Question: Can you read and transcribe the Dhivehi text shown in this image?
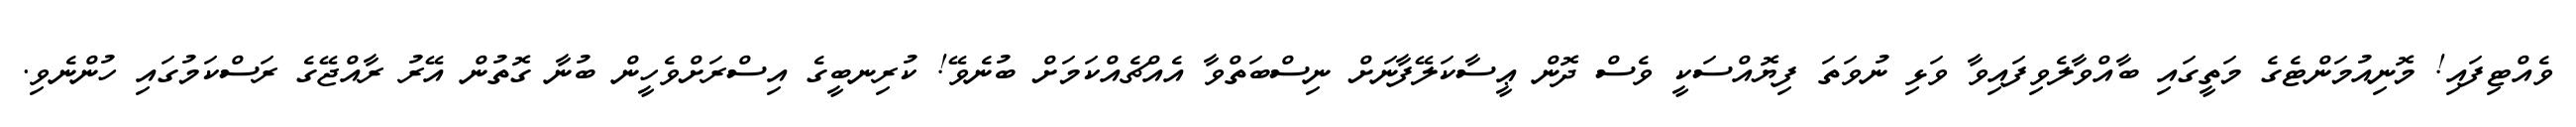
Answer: ވެއްޓިފައި! މޮނިއުމަންޓެގެ މަތީގައި ބާއްވާލެވިފައިވާ ވަޅި ނުވަތަ ފިޔޮއްސަކީ ވެސް ދޮން ޢީސާކަލޭފާނަށް ނިސްބަތްވާ އެއްޗެއްކަމަށް ބުނެވޭ! ކުރިނބީގެ އިސްރަށްވެހީން ބުނާ ގޮތުން އޭރު ރާއްޖޭގެ ރަސްކަމުގައި ހުންނެވި.